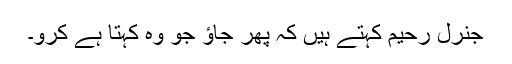
جنرل رحیم کہتے ہیں کہ پھر جاؤ جو وہ کہتا ہے کرو۔